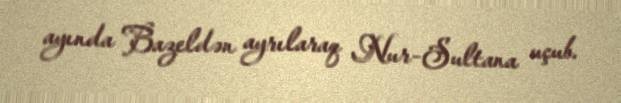
ayında Bazeldən ayrılaraq Nur-Sultana uçub.